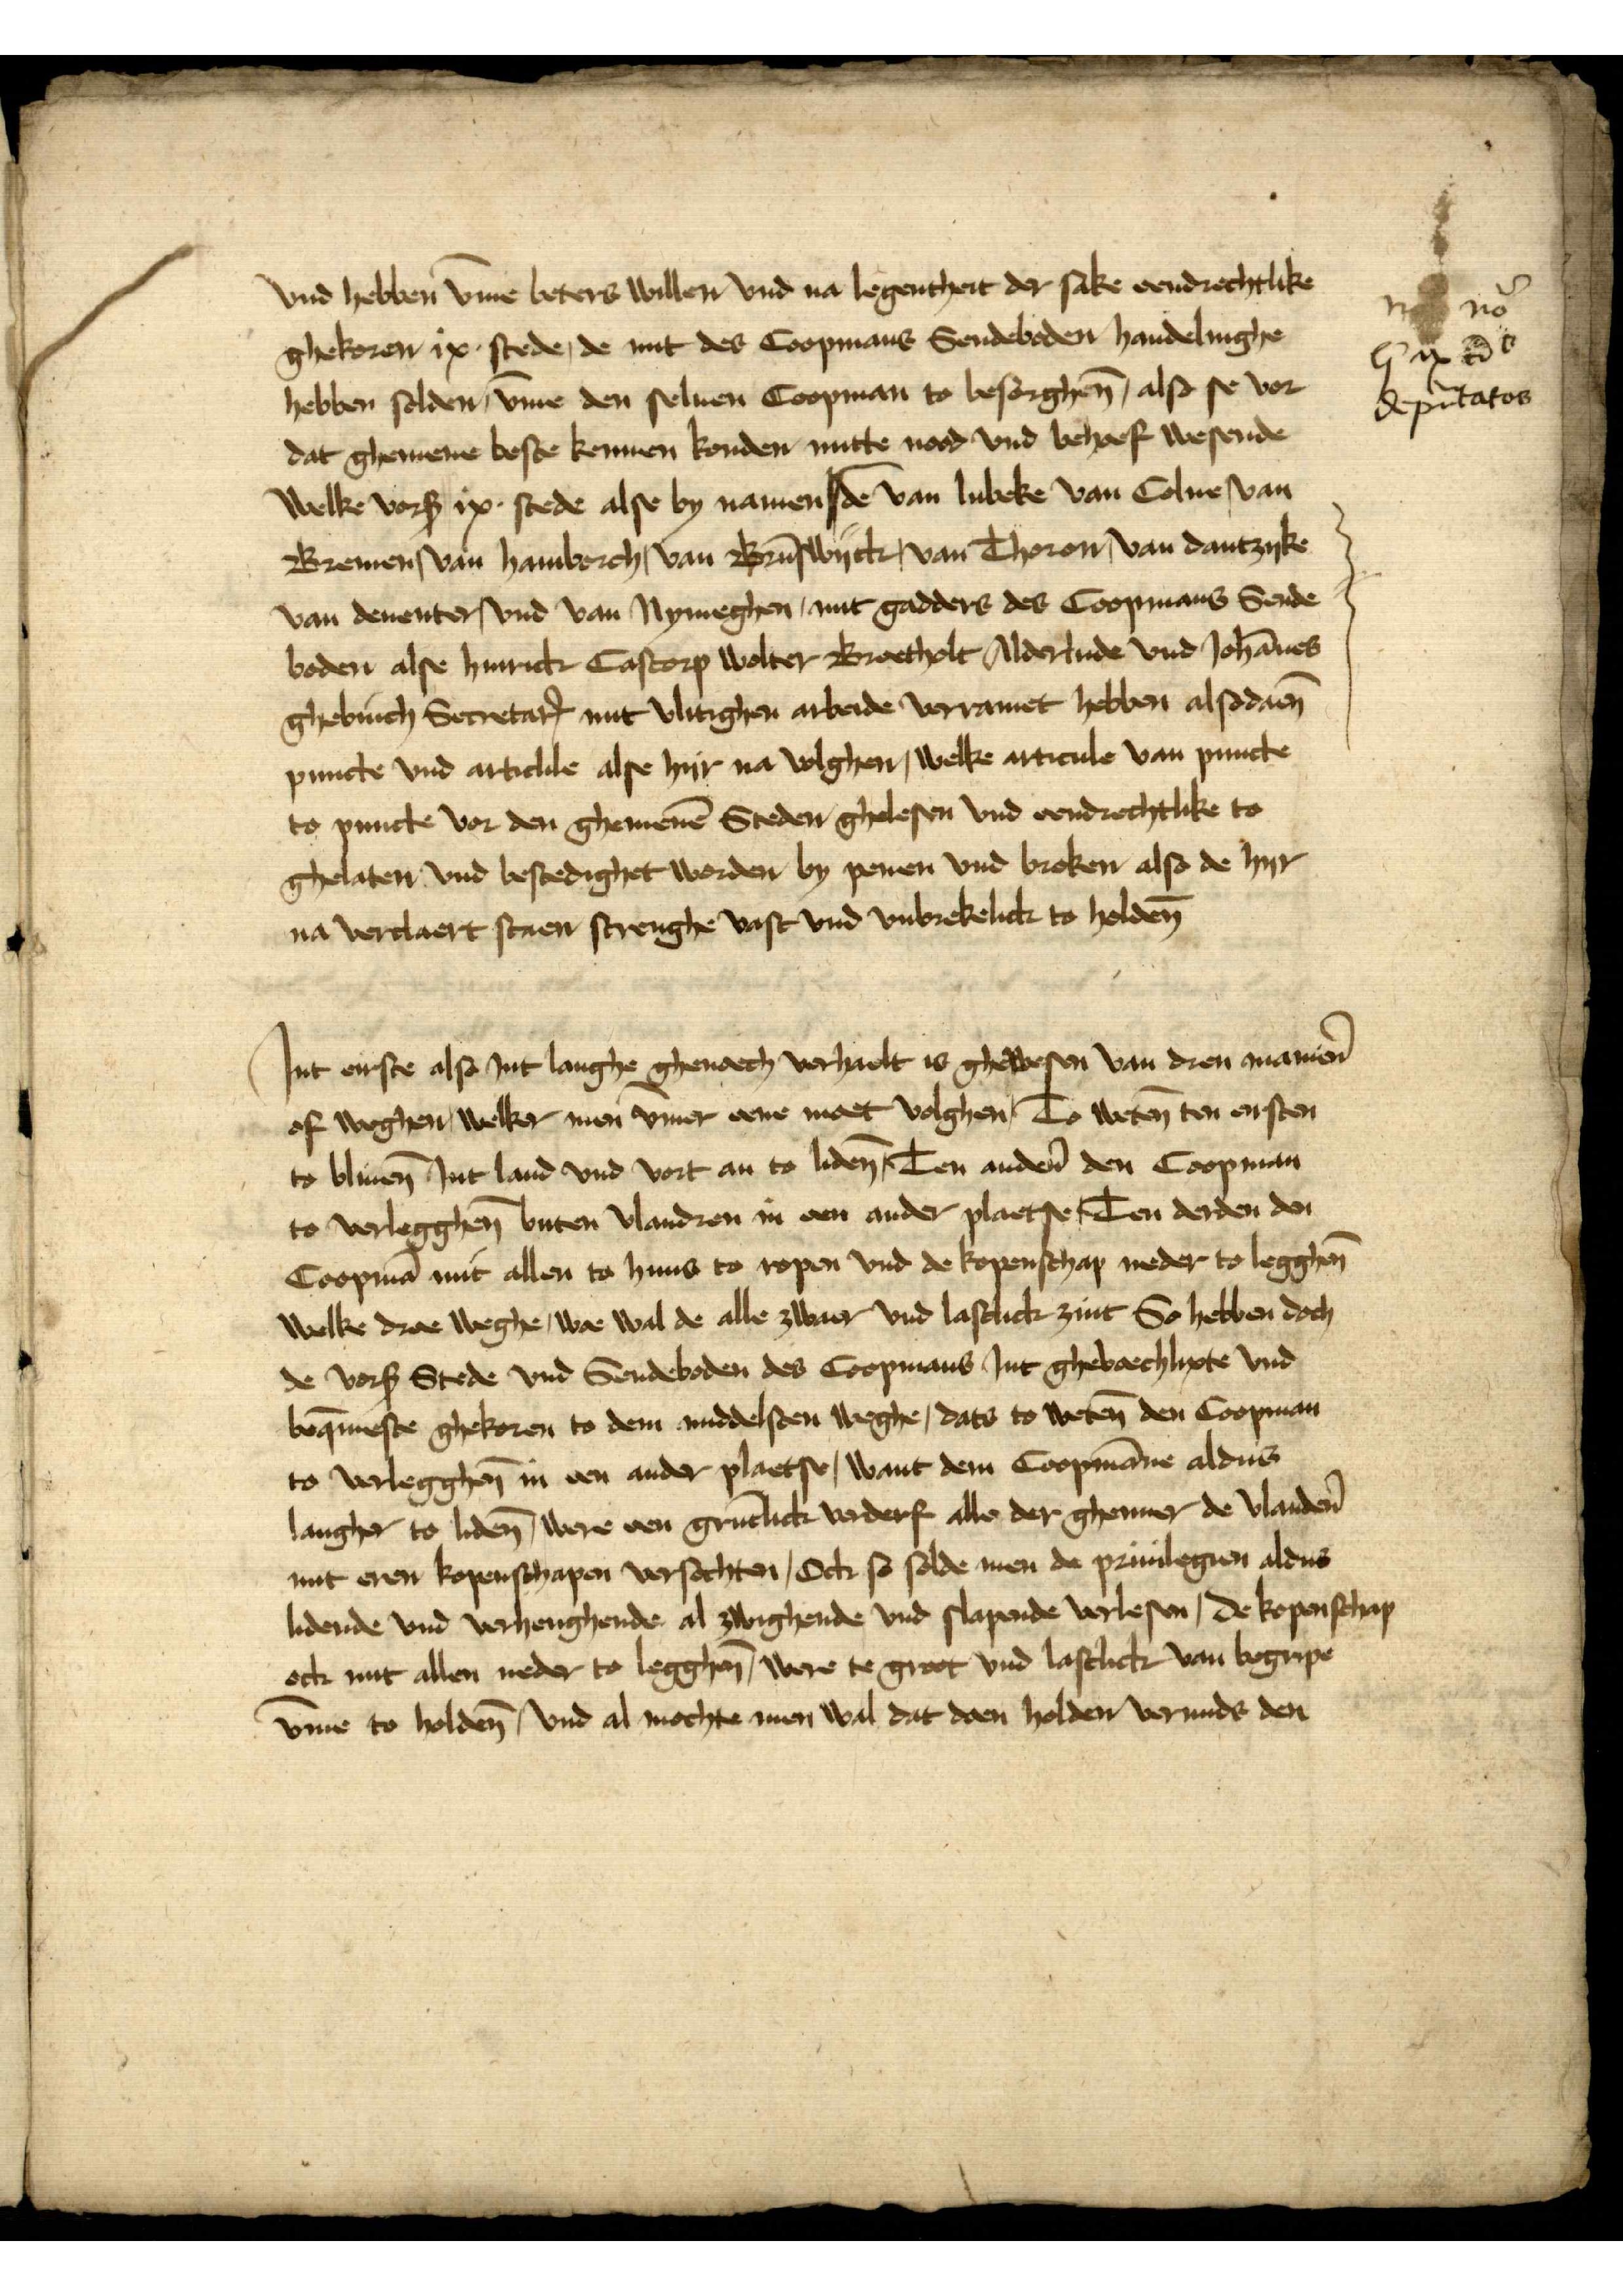
vnd hebben v̄me beters willen vnd na legenteit der sake eendrechtike 
ghekoren ix stede, de mit des Coopmans Sendeboden handelinge
hebben solden, v̄me den seluen Coopman to besorghen̄, also se vor
dat ghemene beste kennen konden mitte nood vnd behoef wesende
welke vorß ix stede alse by namen | de van Lubeke van Colne, van
Bremen, van Hamborch, van Brūswyck, van Thoron, van Dantzyke
van Deuenter, vnd van Nymeghen, mit gadders des Coopmans Sende¬
boden alse Hinrick Castorp Wolter Broecholt Alderlude vnd Johānes
Ghebinch SecretarꝬ mit vlitighen arbeide vorramet hebben alsodaen̄
puncte vnd artickle alse hyr na volghen, welke articule van puncte
to puncte vor den ghemenē Steden ghelesen vnd eendrechtike to
ghelaten vnd bestedighet worden by penen vnd broken also de hyr
na verclaert staen strenghe vast vnd vnbrekelick to holden̄

no noͣ
lc ix cū
deputatos

Jnt erste als jnt lange ghenoech verhaelt is ghewesen van dren maniẻn
of weghen, welker men v̄mer eene moet volghen, To weten̄ ten ersten 
to bliven̄ jnt land vnd vort an to liden̄, Ten andẻn den Coopman 
to verlegghen̄ buten Vlandren in een ander plaetse, Ten derden den
Coopmā mit allen to huus to ropen vnd de kopenschap neder to legghen̄
welke dree weghe, woe wal de alle zwaer vnd lastlick zint So hebben doch
de vorß Stede vnd Sendeboden des Coopmans Jnt ghevoechlixte vnd
beq̄meste ghekoren to dem middelsten weghe, dats to weten̄ den Coopman
to verlegghen̄ in een ander plaetse, want dem Coopmāne aldus
langher to liden̄, were een grūtlick verderf alle der ghenner de Vlandẻn
mit eren kopenschapen versochten, Ock so solde men de priuilegien aldus
lidende vnd verhenghende al zwighende vnd slapende verlesen, de kopenschap
ock mit allen neder to legghen̄ were te groot vnd lastlick van begripe
v̄me to holden̄ vnd al mochte men wal dat doen holden vermids den